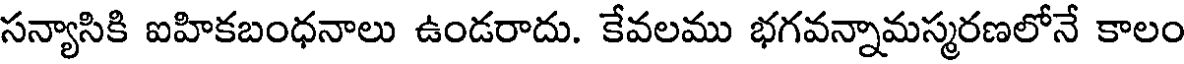
సన్యాసికి ఐహికబంధనాలు ఉండరాదు. కేవలము భగవన్నామస్మరణలోనే కాలం